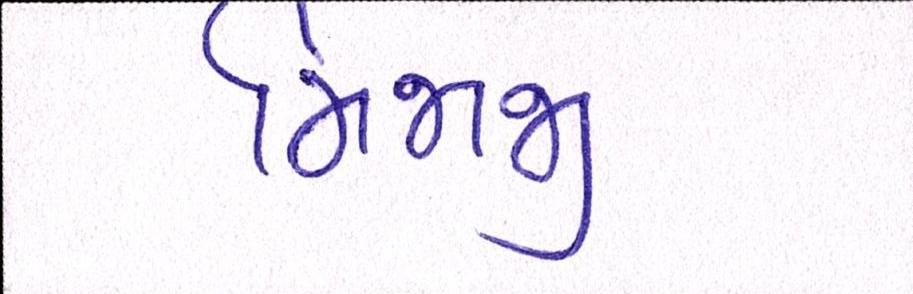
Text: મિજાજી